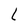
Character: L